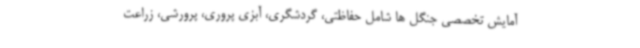
آمایش تخصصی جنگل ها شامل حفاظتی، گردشگری، آبزی پروری، پرورشی، زراعت